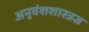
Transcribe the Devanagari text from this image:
अनुवंशशास्त्रज्ञ